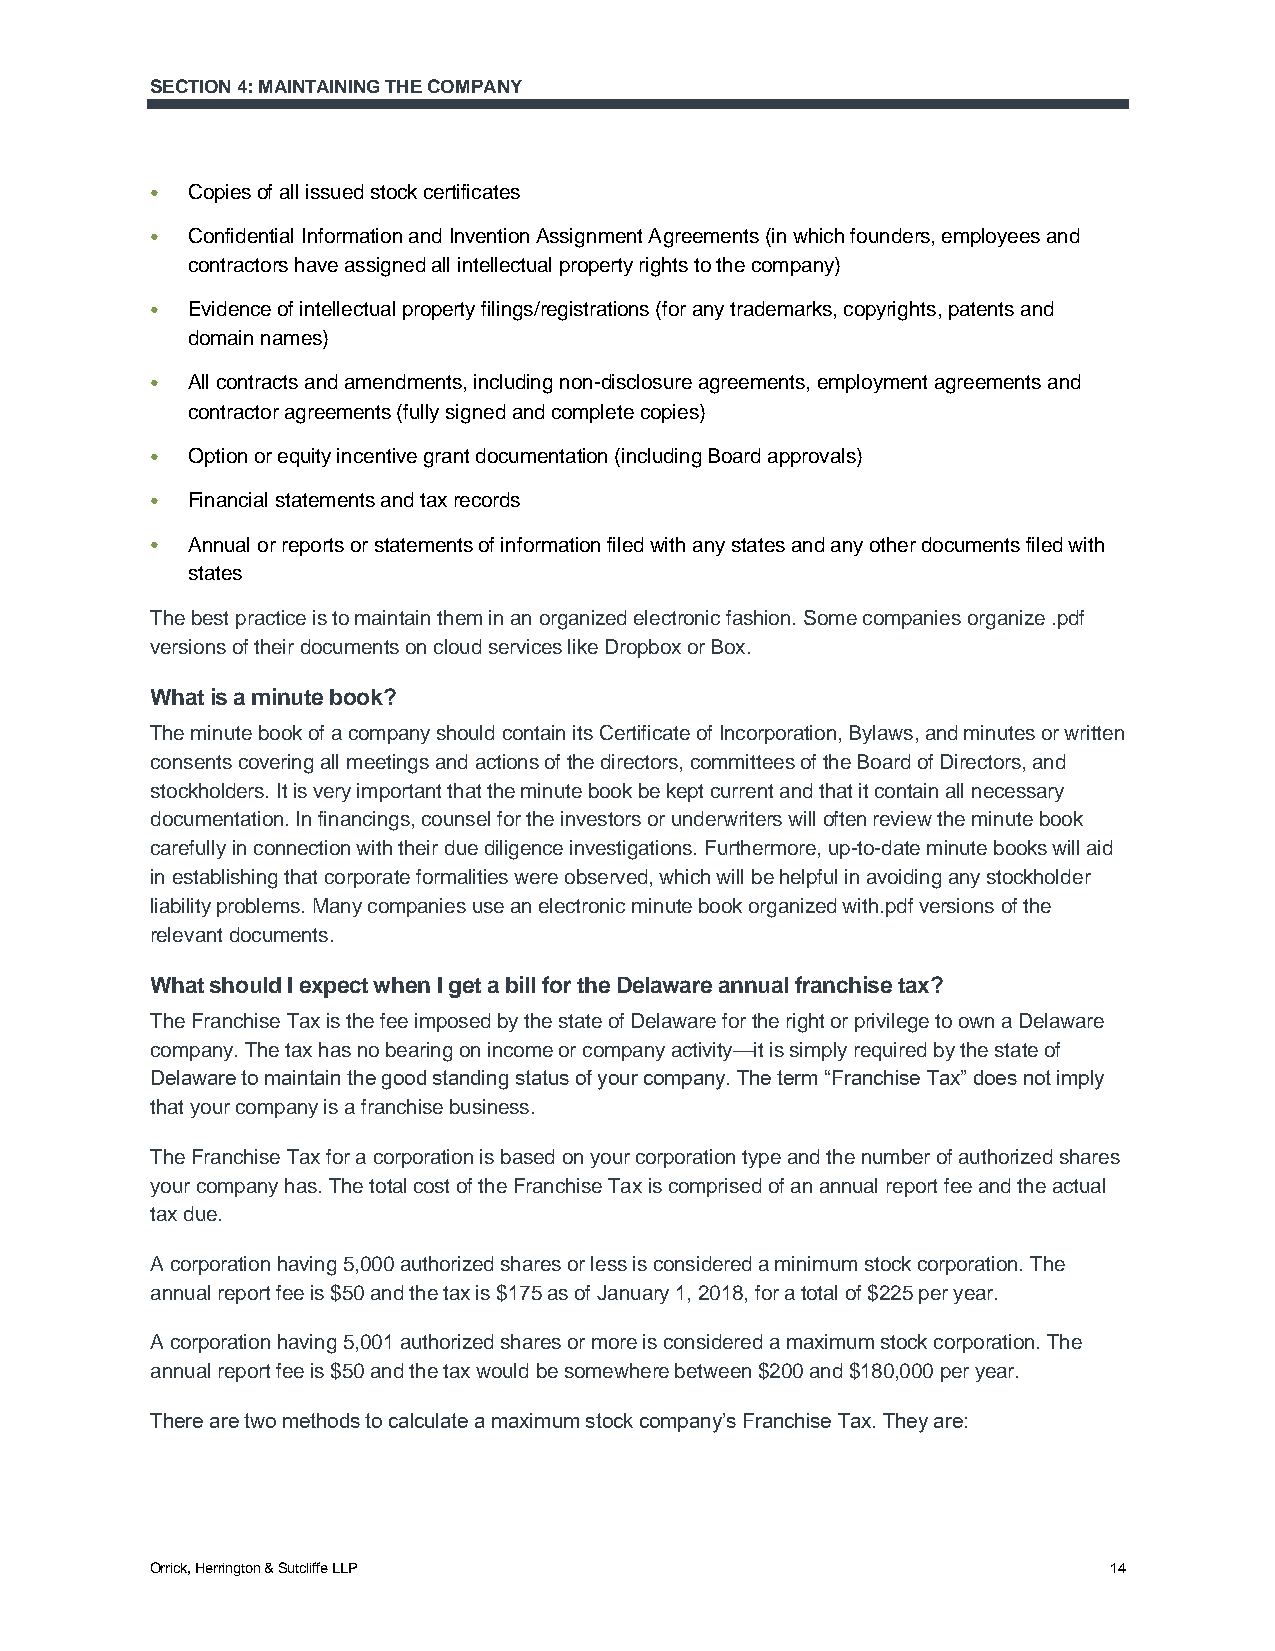
SECTION 4: MAINTAINING THE COMPANY
 ● Copies of all issued stock certificates
 ● Confidential Information and Invention Assignment Agreements (in which founders, employees and
 contractors have assigned all intellectual property rights to the company)
 ● Evidence of intellectual property filings/registrations (for any trademarks, copyrights, patents and
 domain names)
 ● All contracts and amendments, including non-disclosure agreements, employment agreements and
 contractor agreements (fully signed and complete copies)
 ● Option or equity incentive grant documentation (including Board approvals)
 ● Financial statements and tax records
 ● Annual or reports or statements of information filed with any states and any other documents filed with
 states
 The best practice is to maintain them in an organized electronic fashion. Some companies organize .pdf
 versions of their documents on cloud services like Dropbox or Box.
 What is a minute book?
 The minute book of a company should contain its Certificate of Incorporation, Bylaws, and minutes or written
 consents covering all meetings and actions of the directors, committees of the Board of Directors, and
 stockholders. It is very important that the minute book be kept current and that it contain all necessary
 documentation. In financings, counsel for the investors or underwriters will often review the minute book
 carefully in connection with their due diligence investigations. Furthermore, up-to-date minute books will aid
 in establishing that corporate formalities were observed, which will be helpful in avoiding any stockholder
 liability problems. Many companies use an electronic minute book organized with.pdf versions of the
 relevant documents.
 What should I expect when I get a bill for the Delaware annual franchise tax?
 The Franchise Tax is the fee imposed by the state of Delaware for the right or privilege to own a Delaware
 company. The tax has no bearing on income or company activity—it is simply required by the state of
 Delaware to maintain the good standing status of your company. The term “Franchise Tax” does not imply
 that your company is a franchise business.
 The Franchise Tax for a corporation is based on your corporation type and the number of authorized shares
 your company has. The total cost of the Franchise Tax is comprised of an annual report fee and the actual
 tax due.
 A corporation having 5,000 authorized shares or less is considered a minimum stock corporation. The
 annual report fee is $50 and the tax is $175 as of January 1, 2018, for a total of $225 per year.
 A corporation having 5,001 authorized shares or more is considered a maximum stock corporation. The
 annual report fee is $50 and the tax would be somewhere between $200 and $180,000 per year.
 There are two methods to calculate a maximum stock company’s Franchise Tax. They are:
 Orrick, Herrington & Sutcliffe LLP                             14